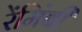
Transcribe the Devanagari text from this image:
रेंमिंबी